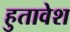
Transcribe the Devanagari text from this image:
हुतावेश